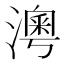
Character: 澚